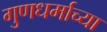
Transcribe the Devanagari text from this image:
गुणधर्माच्या